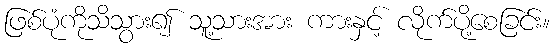
ဖြစ်ပုံကိုသိသွား၍ သူ့သားအား ကားနှင့် လိုက်ပို့စေခြင်း။